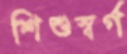
শিশুস্বর্গ